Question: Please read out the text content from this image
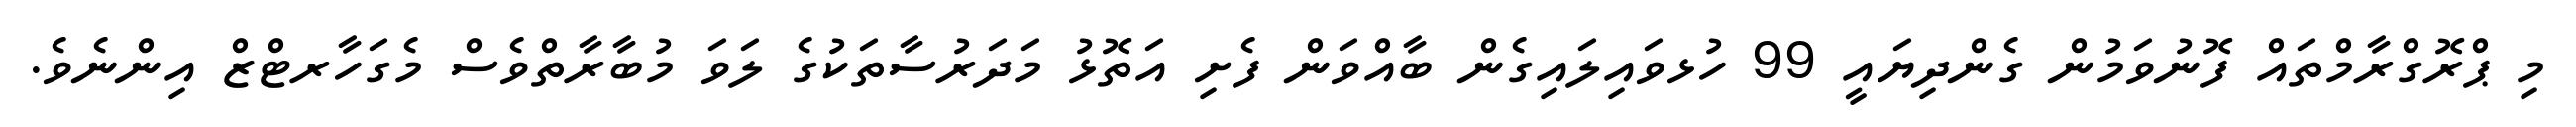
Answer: މި ޕްރޮގްރާމްތައް ފޮނުވަމުން ގެންދިޔައީ 99 ހުޅވައިލައިގެން ބާއްވަން ފެށި އަތޮޅު މަދަރުސާތަކުގެ ލަވަ މުބާރާތްވެސް މެގަހާރޓްޒް އިންނެވެ.